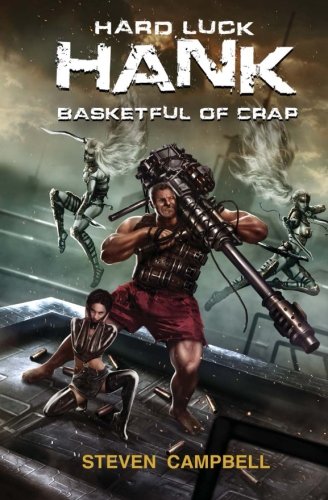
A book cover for Hard Luck Hank: Basketful of Crap (Volume 2); Steven Campbell; Science Fiction & Fantasy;